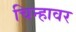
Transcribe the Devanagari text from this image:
चिन्हावर